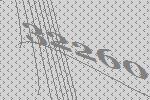
32260